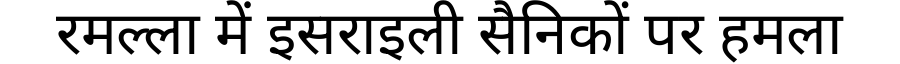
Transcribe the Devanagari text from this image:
रमल्ला में इसराइली सैनिकों पर हमला